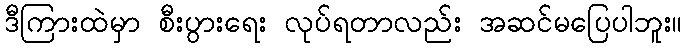
ဒီကြားထဲမှာ စီးပွားရေး လုပ်ရတာလည်း အဆင်မပြေပါဘူး။